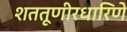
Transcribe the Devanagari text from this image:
शततूणीरधारिणे